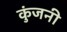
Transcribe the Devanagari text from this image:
कुंजनी